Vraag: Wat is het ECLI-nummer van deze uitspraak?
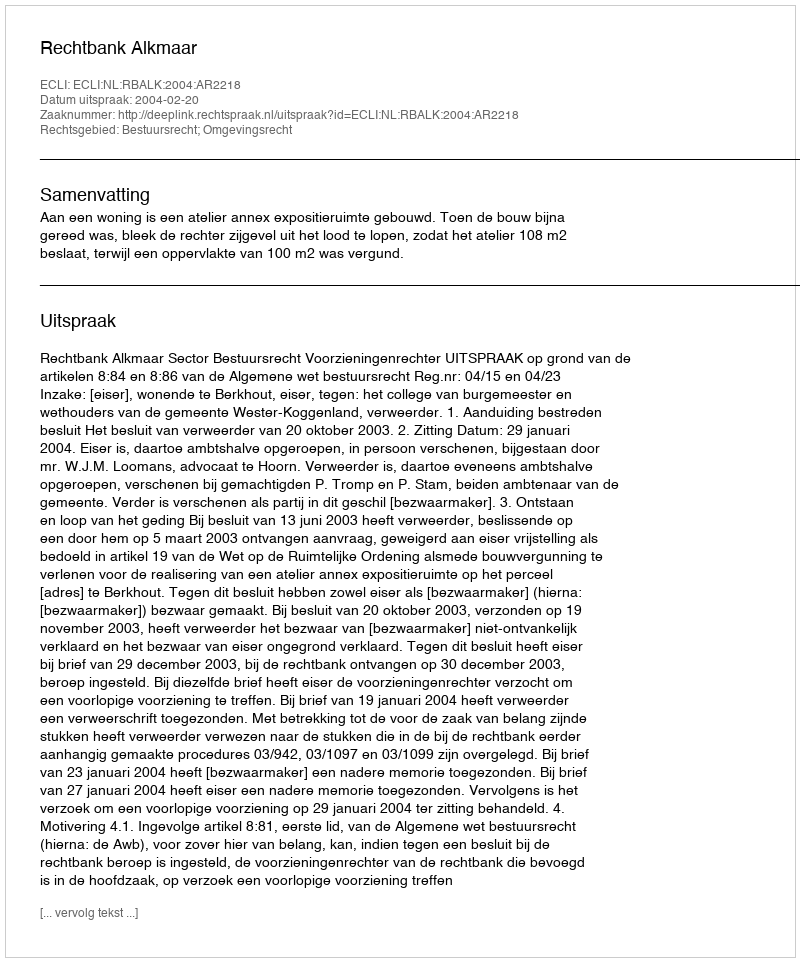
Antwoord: ECLI:NL:RBALK:2004:AR2218